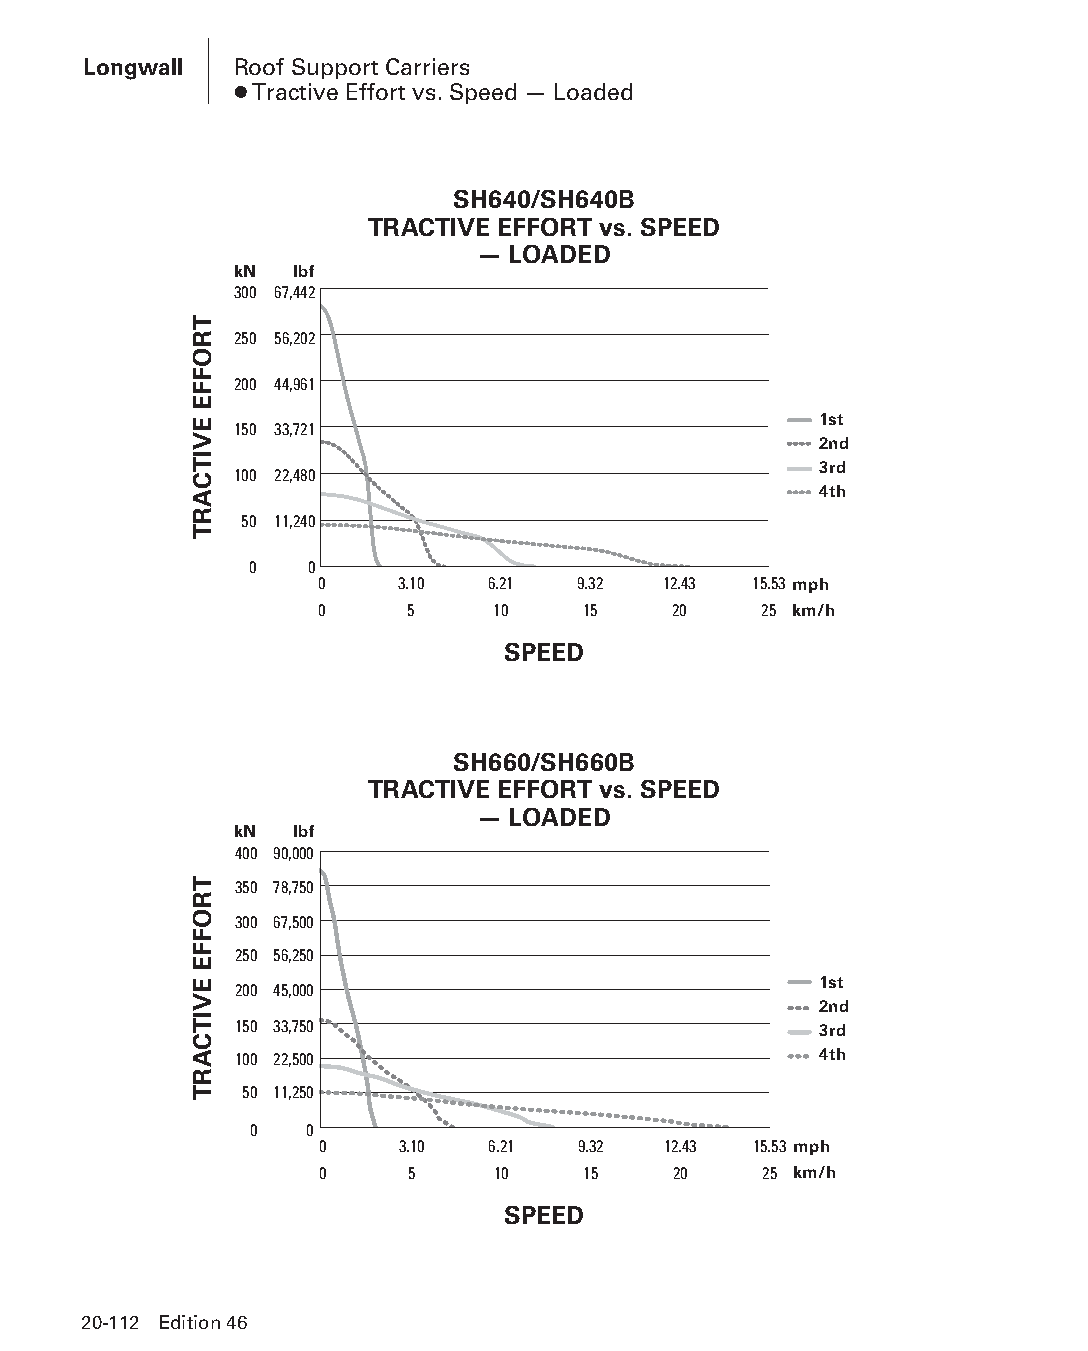
Longwall  Roof Support Carriers
 ● Tractive Effort vs. Speed — Loaded
 SH640/SH640B
 TRACTIVE EFFORT vs. SPEED
 — LOADED
 kN  lbf
 300 67,442
 250 56,202
 200 44,961
 1st 150 33,721
 2nd
 3rd
 100 22,480
 4th
 50 11,240
 0   0
 0     3.10  6.21  9.32 12.43 15.53 mph
 0     5     10    15    20    25 km/h
 SPEED
 SH660/SH660B
 TRACTIVE EFFORT vs. SPEED
 — LOADED
 kN  lbf
 400 90,000
 350 78,750
 300 67,500
 250 56,250
 1st 200 45,000
 2nd
 150 33,750                             3rd
 100 22,500                             4th
 50 11,250
 0   0
 0     3.10  6.21  9.32 12.43 15.53 mph
 0     5     10    15    20    25 km/h
 SPEED
 20-112 Edition 46
 PPHHBB--SSeecc2200--LLoonnggwwaallll((ppgg002255--112200))..iinndddd 111122 1122//44//1155 1111::0022 AAMM
 TROFFE
 EVITCART
 TROFFE
 EVITCART